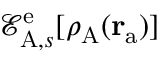
\mathcal { E } _ { \mathrm { A } , s } ^ { \mathrm { e } } [ \rho _ { \mathrm { A } } ( \mathbf { r } _ { \mathrm { a } } ) ]